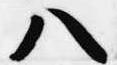
八